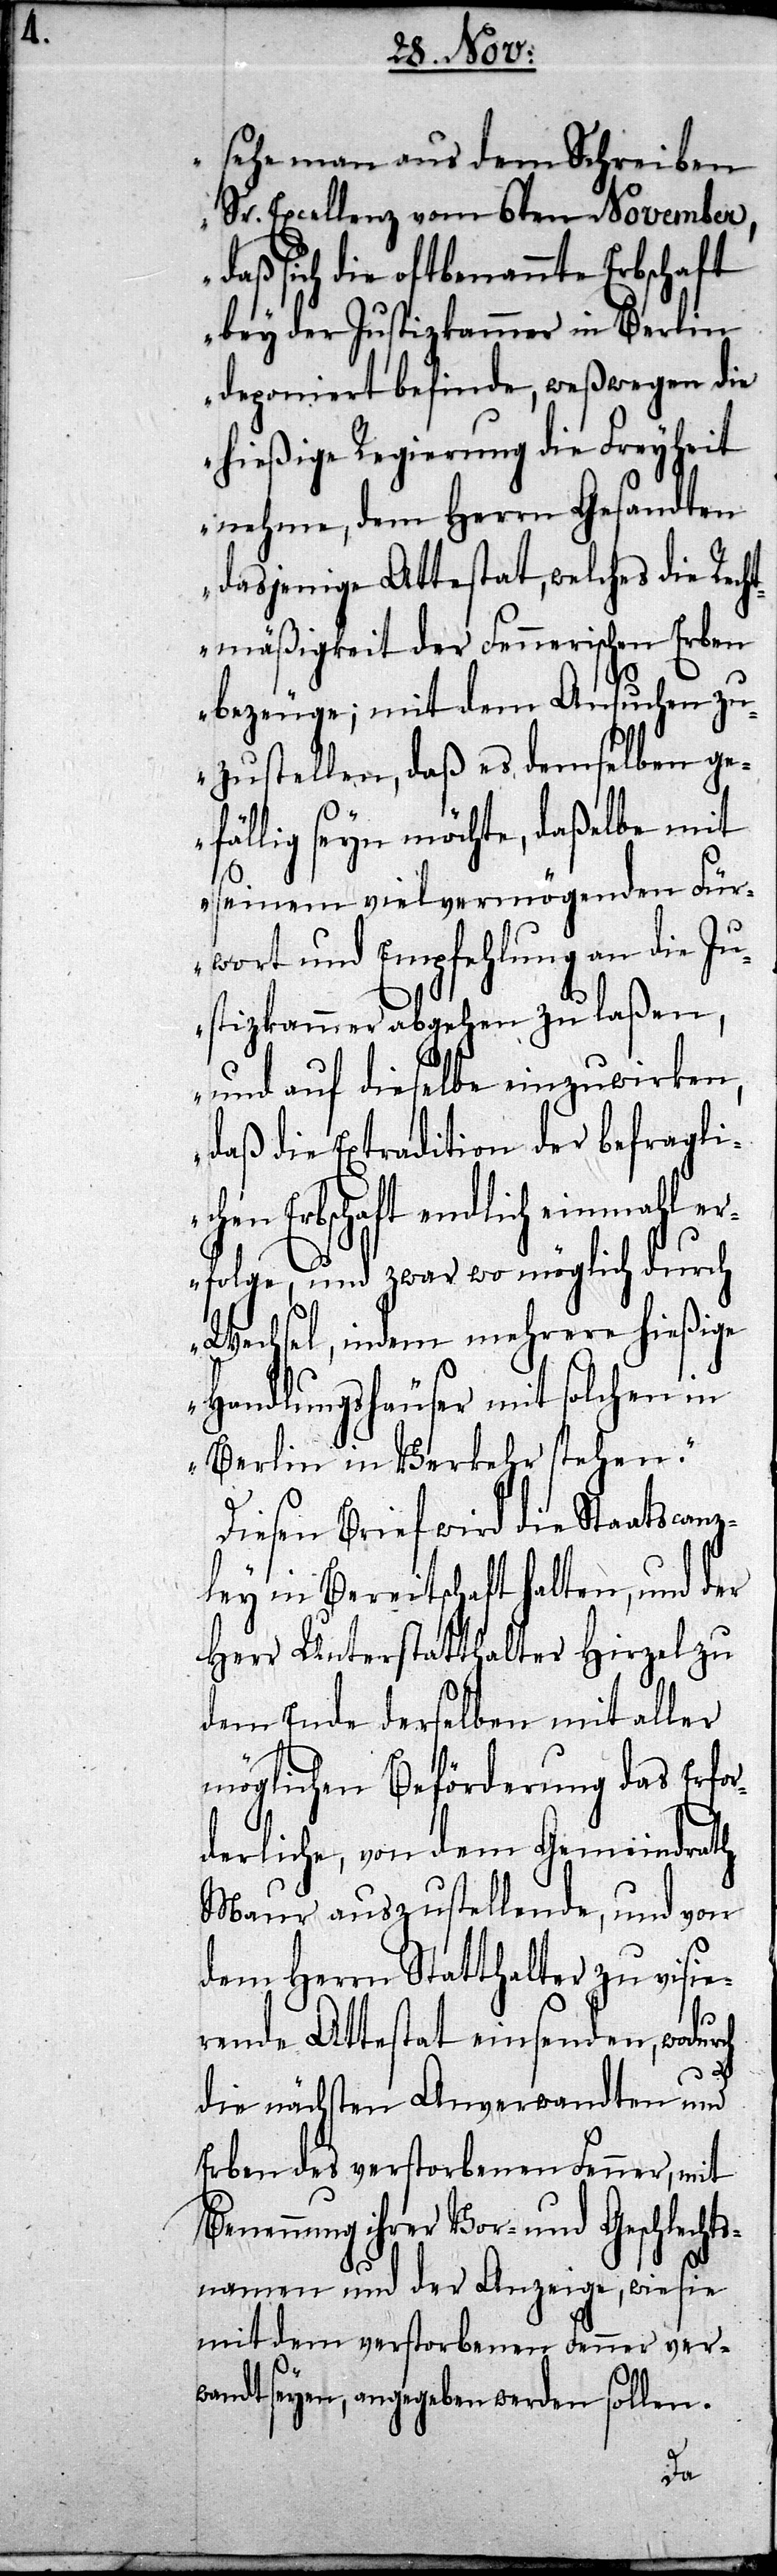
sehe man aus dem Schreiben
Sr. Excellenz vom 6ten November,
daß sich die oftbenannte Erbschaft
bey der Justizkammer in Berlin
deponiert befinde, weßwegen die
hießige Regierung die Freyheit
nehme, dem Herrn Gesandten
dasjenige Attestat, welches die Rech¬
tmäßigkeit der Fennerischen Erben
bezeuge; mit dem Ansuchen zu¬
zustellen, daß es demselben ge¬
fällig seyn möchte, daßelbe mit
seinem vielvermögenden Für¬
wort und Empfehlung an die Ju¬
stizkammer abgehen zu laßen,
und auf dieselbe einzuwirken,
daß die Extradition der befragli¬
chen Erbschaft endlich einmahl er¬
folge, und zwar wo möglich durch
Wechsel, indem mehrere hießige
Handlungshäuser mit solchen in
Berlin in Verkehr stehen.“
Diesen Brief wird die Staatscan¬
zley in Bereitschaft halten, und der
Herr Unterstatthalter Hirzel zu
dem Ende derselben mit aller
möglichen Beförderung das Erfor¬
derliche, von dem Gemeinderath
Maur auszustellende, und von
dem Herrn Statthalter zu visie¬
rende Attestat einsenden, wodur¬
die nächsten Anverwandten und
Erben des verstorbenen Fenner, mit
Benennung ihrer Vor- und Geschlecht¬
snamen und der Anzeige, wie sie
mit dem verstorbenen Fenner ver¬
wandt seyen, angegeben werden sollen.
ch